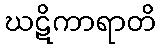
ဃဋိကာရာတိ